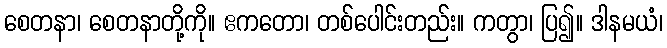
စေတနာ၊ စေတနာတို့ကို။ ဧကတော၊ တစ်ပေါင်းတည်း။ ကတွာ၊ ပြ၍။ ဒါနမယံ၊